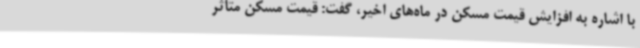
با اشاره به افزایش قیمت مسکن در ماه‌های اخیر، گفت: قیمت مسکن متاثر